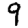
Digit: 9